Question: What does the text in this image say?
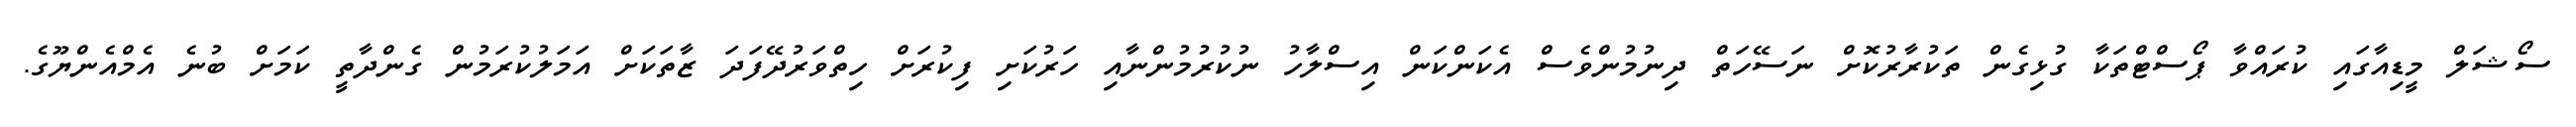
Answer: ސޯޝަލް މީޑިއާގައި ކުރައްވާ ޕޯސްޓްތަކާ ގުޅިގެން ތަކުރާރުކޮށް ނަސޭހަތް ދިނުމުންވެސް އެކަންކަން އިސްލާހު ނުކުރުމުންނާއި ހަރުކަށި ފިކުރަށް ހިތްވަރުދޭފަދަ ޒާތަކަށް އަމަލުކުރަމުން ގެންދާތީ ކަމަށް ބުނެ އެމްއެންޔޫގެ.